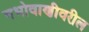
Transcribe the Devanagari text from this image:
नभोवाणीवरील